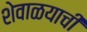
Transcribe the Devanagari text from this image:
शेवाळयाची